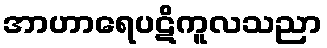
အာဟာရေပဋိကူလသညာ